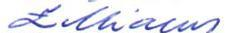
Zilliacus